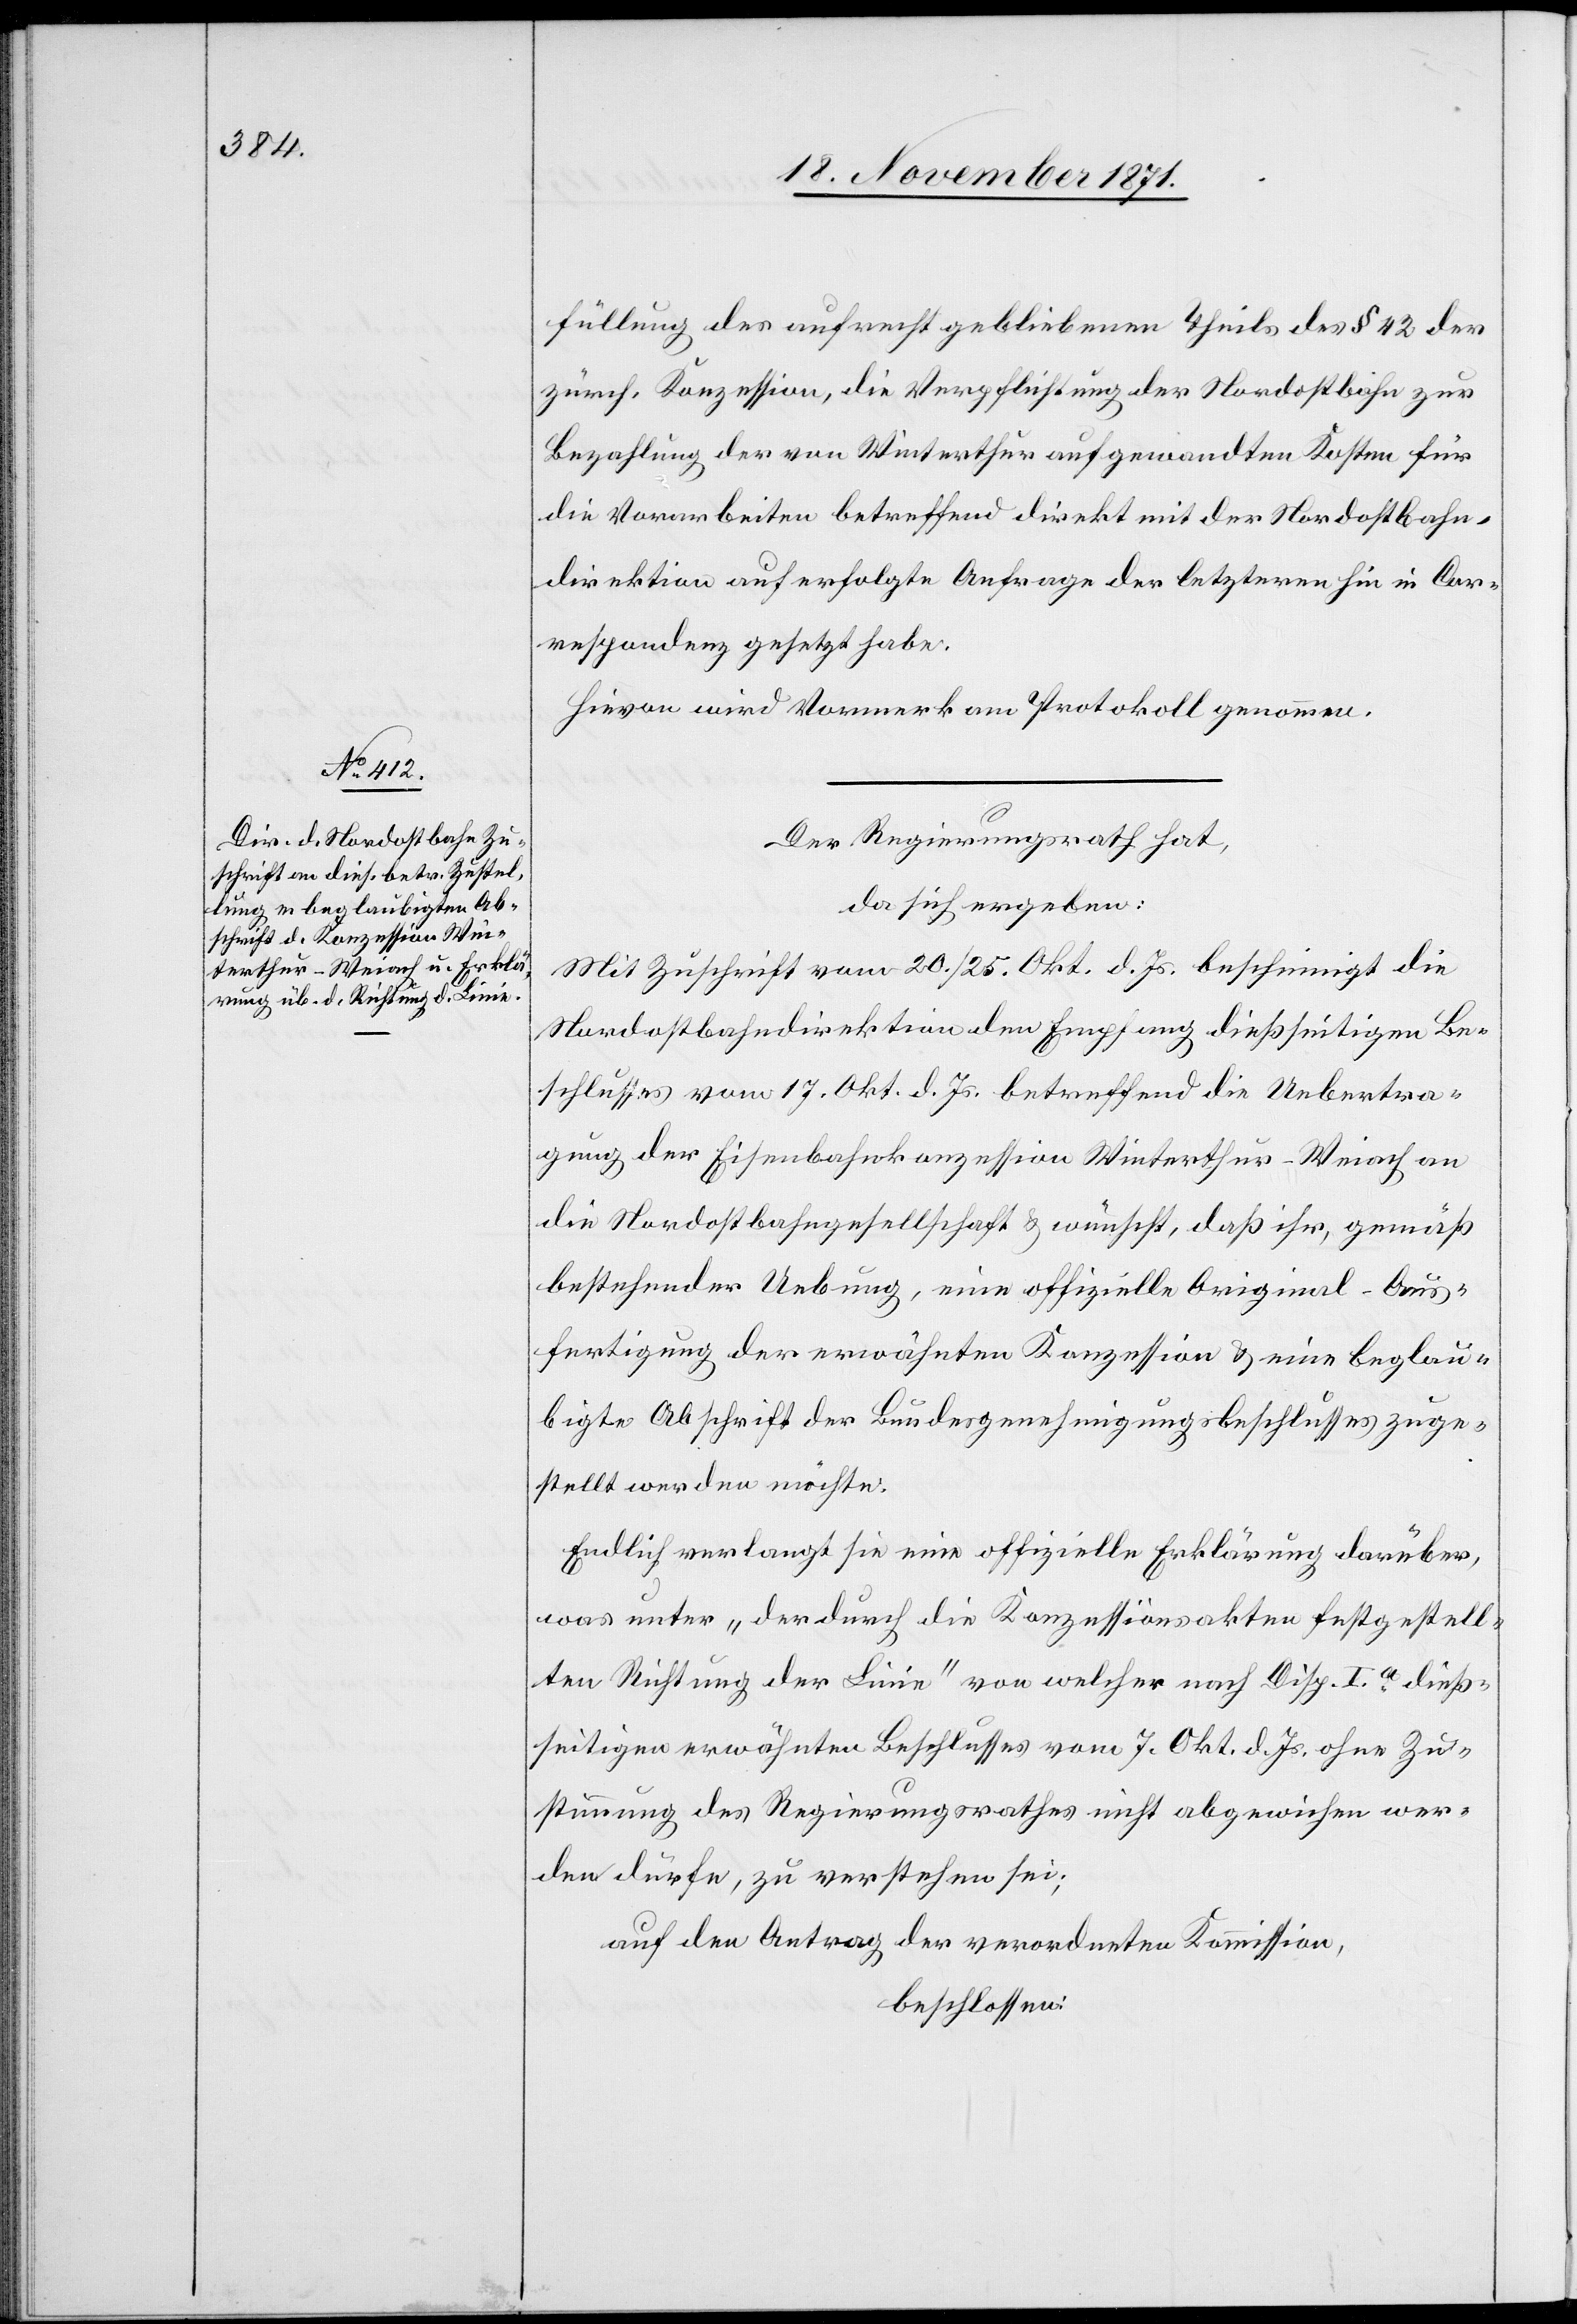
füllung des aufrecht gebliebenen Theils des § 42
zürch. Konzession, die Verpflichtung der Nordostbahn zur
Bezahlung der von Winterthur aufgewandten Kosten für
die Vorarbeiten betreffend direkt mit der Nordostbahn¬
direktion auf erfolgte Anfrage der letztern hin in Cor¬
respondenz gesetzt habe.
Hievon wird Vormerk am Protokoll genommen.
Der Regierungsrath hat,
da sich ergeben:
Mit Zuschrift vom 20. / 25. Okt. d. Js. bescheinigt die
Nordostbahndirektion dem Empfang dießseitigen Be¬
schlusses vom 17. Okt. d. Js. betreffend die Uebertra¬
gung der Eisenbahnkonzession Winterthur–Weiach an
die Nordostbahngesellschaft & wünscht, daß ihr, gemäß
bestehender Uebung, eine offizielle Original-Aus¬
fertigung der erwähnten Konzession & eine beglau¬
bigte Abschrift der Bundesgenehmigungsbeschlusses zuge¬
stellt werden möchte.
Endlich verlangt sie eine offizielle Erklärung darüber,
was unter „der durch die Konzessionsakten festgestell¬
ten Richtung der Linie“ von welcher nach Disp. I.a dieß¬
seitigen erwähnten Beschlusses vom 7. Okt. d. Js. ohne Zu¬
stimmung des Regierungsrathes nicht abgewiesen wer¬
den dürfe, zu verstehen sei;
auf den Antrag der verordneten Kommission,
beschlossen: